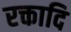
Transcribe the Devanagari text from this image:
रक्तादि